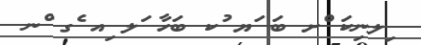
ިލނިކަ ްށ ބަ ަޔ ުކ ބަހާ ަލ ިއ ެގ ްނ